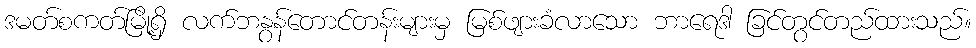
ဒမတ်စကတ်မြို့ရှိ လက်ဘနွန်တောင်တန်းများမှ မြစ်ဖျားခံလာသော ဘာရေဒါ ခြင်တွင်တည်ထားသည်။